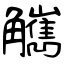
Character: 觽